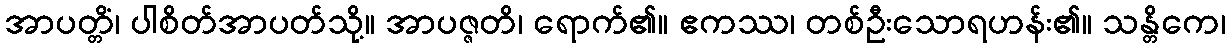
အာပတ္တိံ၊ ပါစိတ်အာပတ်သို့။ အာပဇ္ဇတိ၊ ရောက်၏။ ဧကဿ၊ တစ်ဦးသောရဟန်း၏။ သန္တိကေ၊